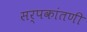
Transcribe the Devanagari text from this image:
सर्पकांतणी